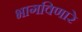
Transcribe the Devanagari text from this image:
भागविणारे